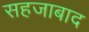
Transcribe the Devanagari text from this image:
सहजाबाद